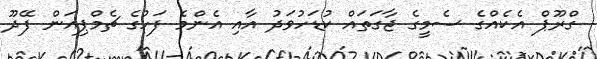
ގްރޫޕް އެކެއްގެ ސެމީގެ ޖާގަތައް ކުޑަހުވަދު އާއި އެންމެ ފަހުގެ ޗެމްޕިއަން ފޭދޫ